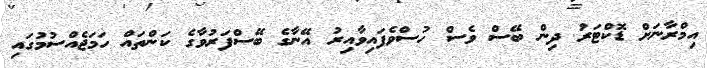
އިމްރާނަށް ޑޮކްޓަރު ދިން ބޭސް ވެސް ހުސްވެފައިވާއިރު އޭނާގެ ބޭސްފަރުވާގެ ކަންތައް ހަމަޖެއްސުމުގައި